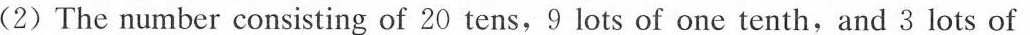
(2) The number consisting of 20 tens,9 lots of one tenth,and 3 lots of